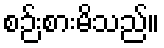
စဉ်းစားမိသည်။